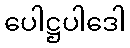
ပေါဋ္ဌပါဒေါ